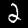
Digit: 2